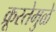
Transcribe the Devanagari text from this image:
क्रूरतेमुळे